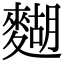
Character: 𪍒